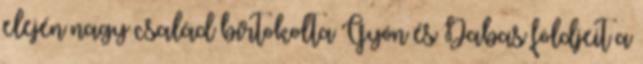
elején nagy család birtokolta Gyón és Dabas földjeit a